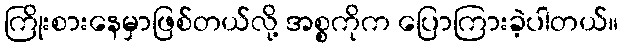
ကြိုးစားနေမှာဖြစ်တယ်လို့ အစ္စကိုက ပြောကြားခဲ့ပါတယ်။